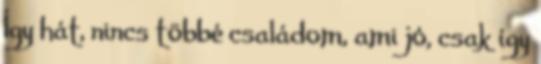
Így hát, nincs többé családom, ami jó, csak így